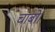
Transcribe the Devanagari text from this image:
चाबो।